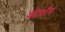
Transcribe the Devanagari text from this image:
कीनॉन